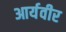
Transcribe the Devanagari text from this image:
आर्यवीर